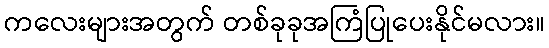
ကလေးများအတွက် တစ်ခုခုအကြံပြုပေးနိုင်မလား။